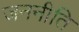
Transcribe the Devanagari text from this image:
जननीति